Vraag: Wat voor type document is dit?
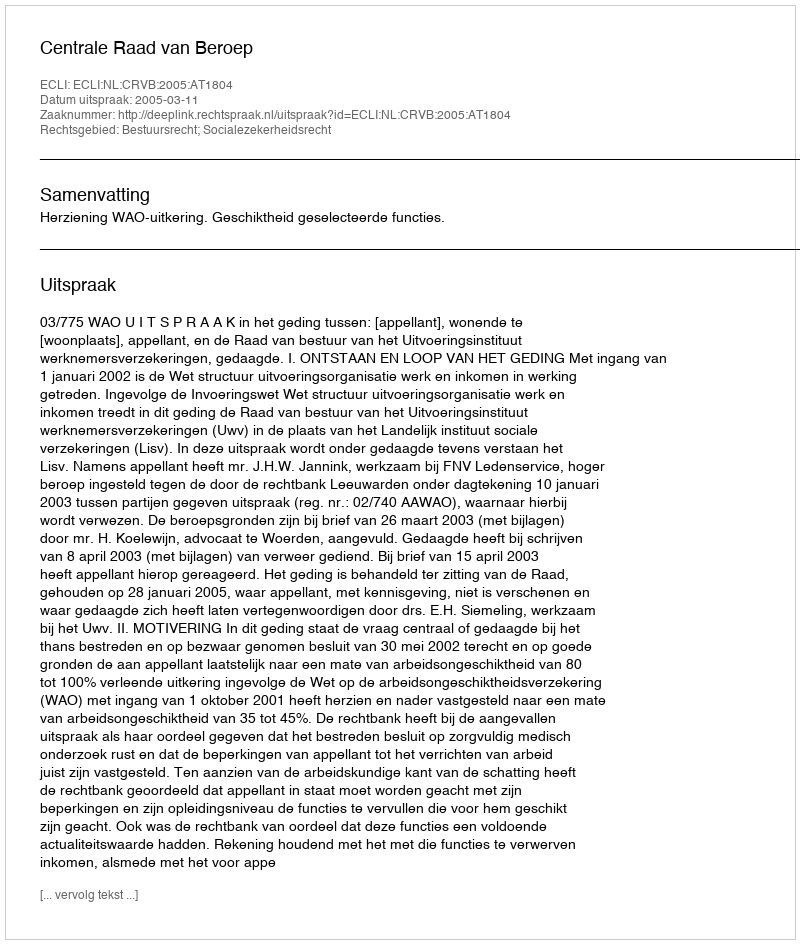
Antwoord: Uitspraak